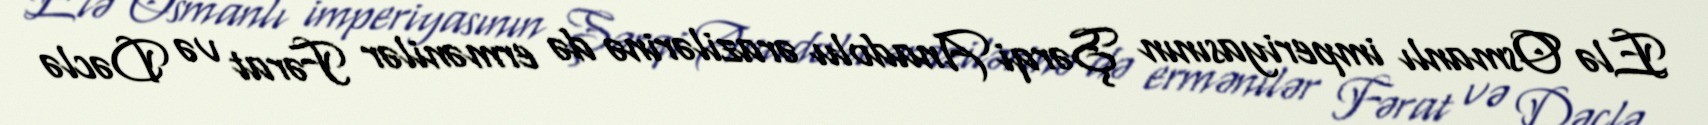
Elə Osmanlı imperiyasının Şərqi Anadolu ərazilərinə də ermənilər Fərat və Dəclə